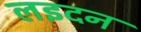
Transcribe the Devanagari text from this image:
लइदन